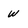
Character: W